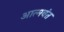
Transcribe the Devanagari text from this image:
आत्मवंत